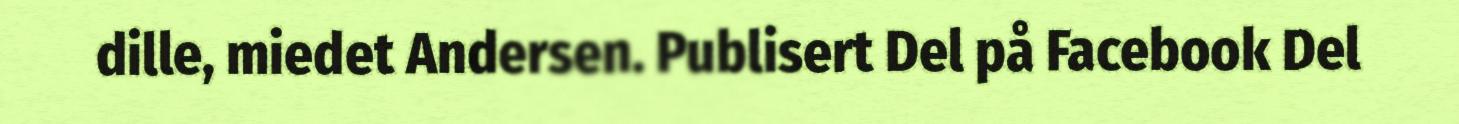
dille, miedet Andersen. Publisert Del på Facebook Del